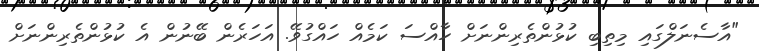
"އާސެނަލްގައި މިތިބި ކުޅުންތެރިންނަށް ހާއްސަ ކަމެއް ހައްގުވޭ. އަހަރެން ބޭނުން އެ ކުޅުންތެރިންނަށް